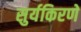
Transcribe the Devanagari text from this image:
सुर्यकिरणे